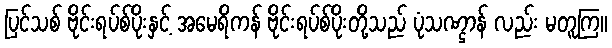
ပြင်သစ် ဗိုင်းရပ်စ်ပိုးနှင့် အမေရိကန် ဗိုင်းရပ်စ်ပိုးတို့သည် ပုံသဏ္ဌာန် လည်း မတူကြ။